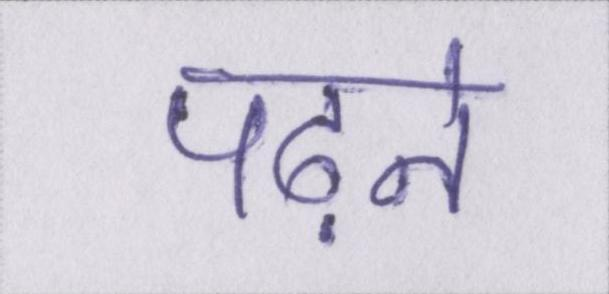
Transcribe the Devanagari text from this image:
पढ़ने